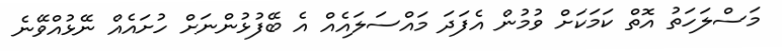
މަސްލަހަތު އޮތް ކަމަކަށް ވުމުން އެފަދަ މައްސަލައެއް އެ ބޭފުޅުންނަށް ހުށައެއް ނޭޅުއްވޭނެ